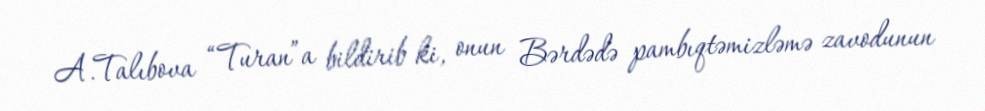
A.Talıbova “Turan”a bildirib ki, onun Bərdədə pambıqtəmizləmə zavodunun